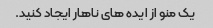
یک منو از ایده های ناهار ایجاد کنید.